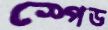
স্পেড